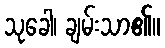
သုခေါ၊ ချမ်းသာ၏။